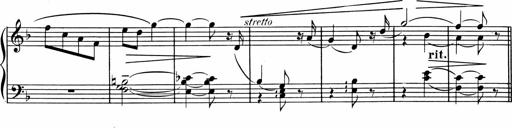
Title: 1Ã¨re Sonatine
Composer: FrÃ©dÃ©ric Binet